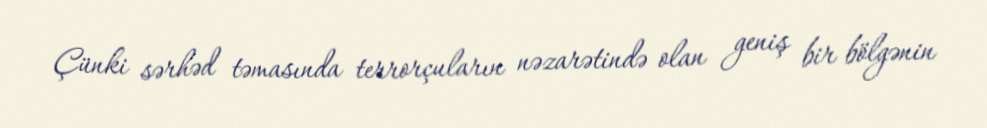
Çünki sərhəd təmasında terrorçuların nəzarətində olan geniş bir bölgənin